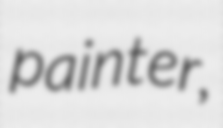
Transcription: painter,